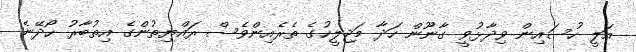
އަލީ ހުސައިން ވިދާޅުވީ ގާނޫން ހަދާ މަޖިލީހުގެ ތެރެއިންވެސް ރައްޔިތުންގެ އިތުބާރު ހޯދޭނެ